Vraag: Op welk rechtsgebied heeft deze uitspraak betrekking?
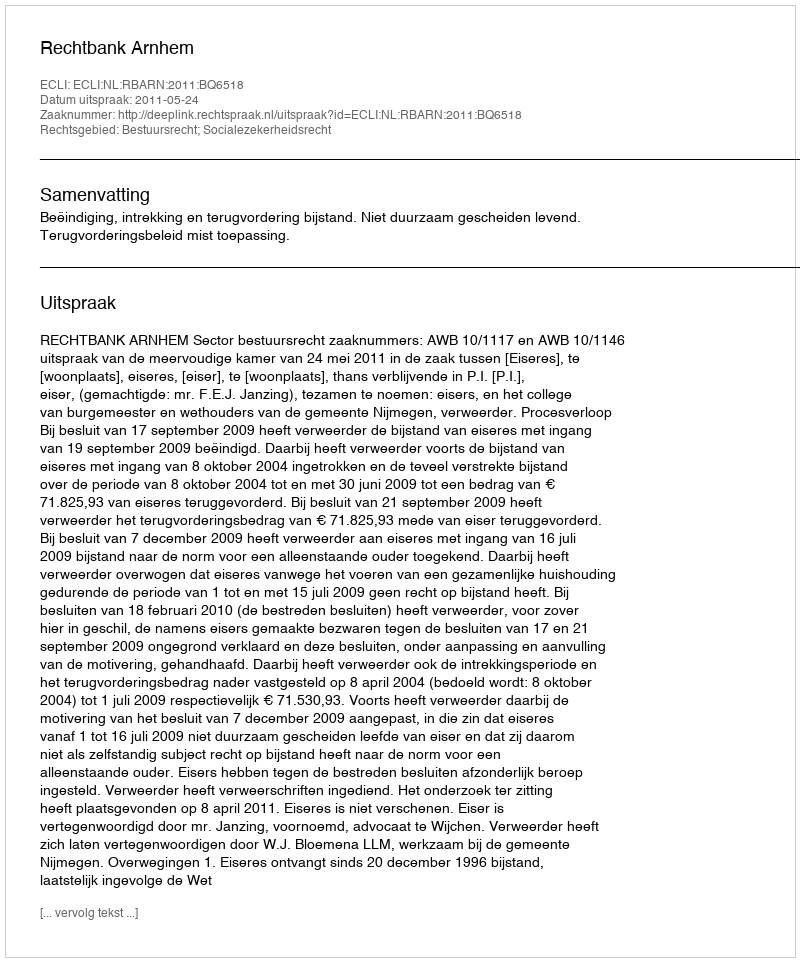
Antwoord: Bestuursrecht; Socialezekerheidsrecht